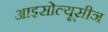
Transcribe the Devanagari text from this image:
आइसोल्यूसीन